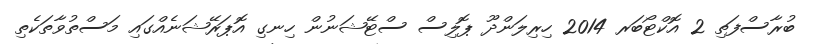
ބުރާސްފަތި 2 އޮކްޓޯބަރ 2014 ހިރިލަންދޫ ޕޮލިސް ސްޓޭޝަނުން ހިނގި އޮޕަރޭޝަނެއްގައި މަސްތުވާތަކެތި